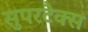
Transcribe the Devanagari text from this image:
सुपरटैक्स